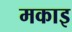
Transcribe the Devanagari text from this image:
मकाइ